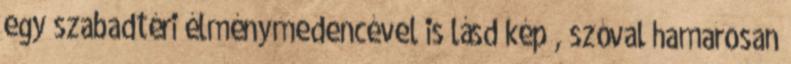
egy szabadtéri élménymedencével is lásd kép , szóval hamarosan